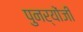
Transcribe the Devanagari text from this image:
पुनर्योंजी